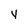
Character: v